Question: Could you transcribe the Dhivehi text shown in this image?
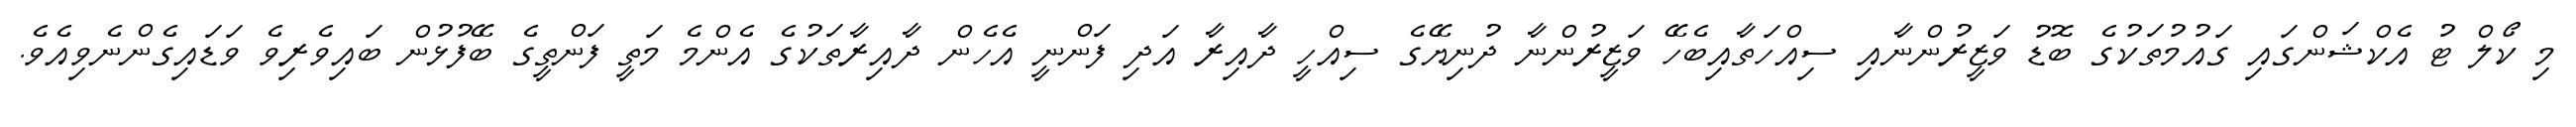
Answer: މި ކޯލް ޓު އެކްޝަންގައި ގައުމުތަކުގެ ބޮޑު ވަޒީރުންނާއި ސިއްހަތާއިބެހޭ ވަޒީރުންނާ ދުނިޔޭގެ ސިއްހީ ދާއިރާ އަދި ފަންނީ އެހެން ދާއިރާތަކުގެ އެންމެ މަތީ ފަންތީގެ ބޭފުޅުން ބައިވެރިވެ ވަޑައިގެންނެވިއެވެ.